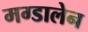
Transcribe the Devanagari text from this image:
मग्डालेन